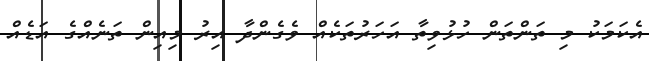
އެކަމަކު މި ތަންތަން ހުޅުވިތާ އަހަރުތަކެއް ވެގެންދާ އިރު މިއިން ތަނެއްގެ އަޑެއް